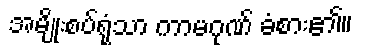
အမျိုးစပ်ရုံသာ ကာမဂုဏ် ခံစား၏။